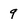
Character: 9